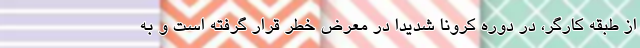
از طبقه کارگر، در دوره کرونا شدیدا در معرض خطر قرار گرفته است و به